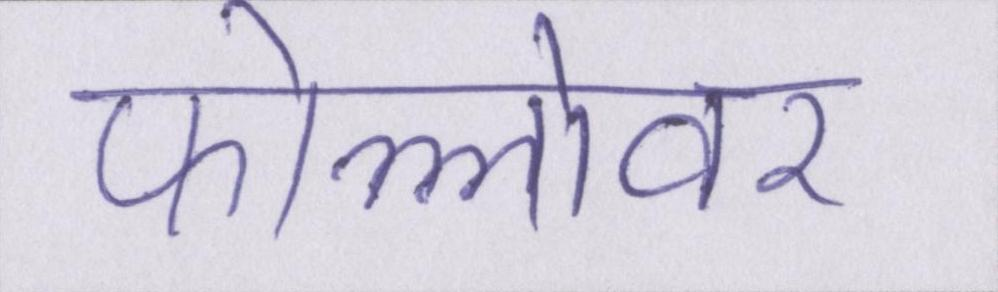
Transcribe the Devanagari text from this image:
फोल्लोवर